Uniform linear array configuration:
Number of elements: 4
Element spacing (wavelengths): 0.25
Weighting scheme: uniform
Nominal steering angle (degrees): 30
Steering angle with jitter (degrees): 28.754
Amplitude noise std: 0.05
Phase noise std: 0.05

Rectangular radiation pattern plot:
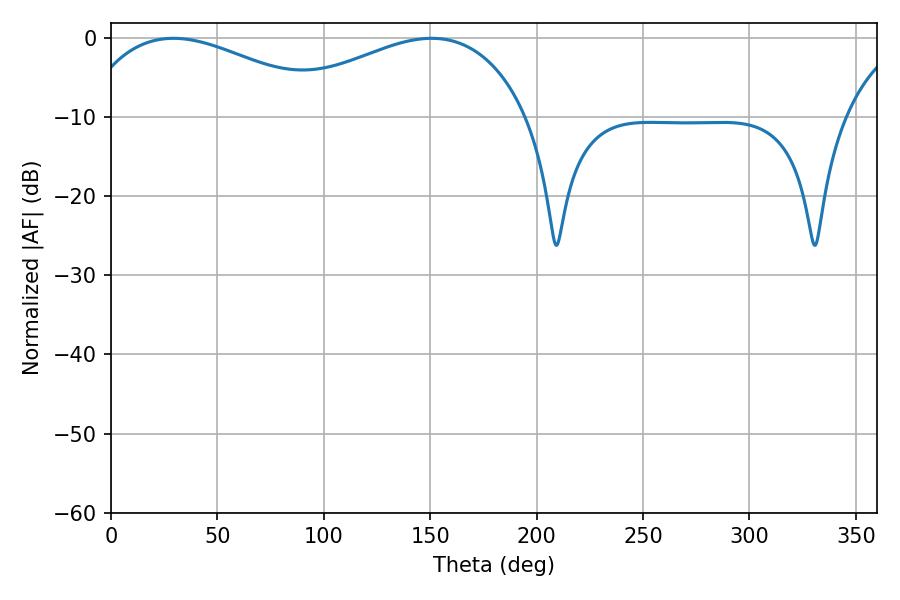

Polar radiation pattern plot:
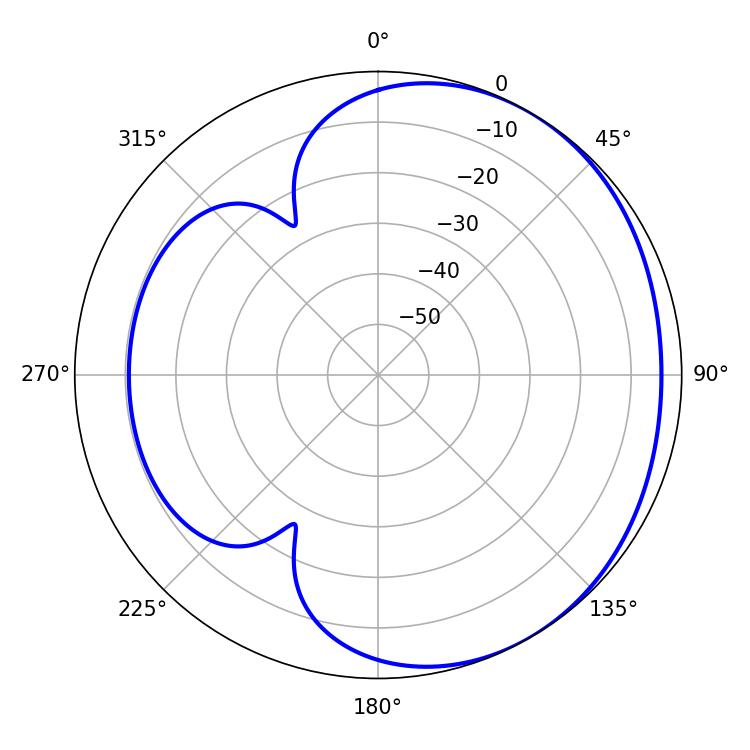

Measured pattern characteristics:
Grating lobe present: FALSE
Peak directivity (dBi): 2.3
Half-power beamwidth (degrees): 67.14
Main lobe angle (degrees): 29.34